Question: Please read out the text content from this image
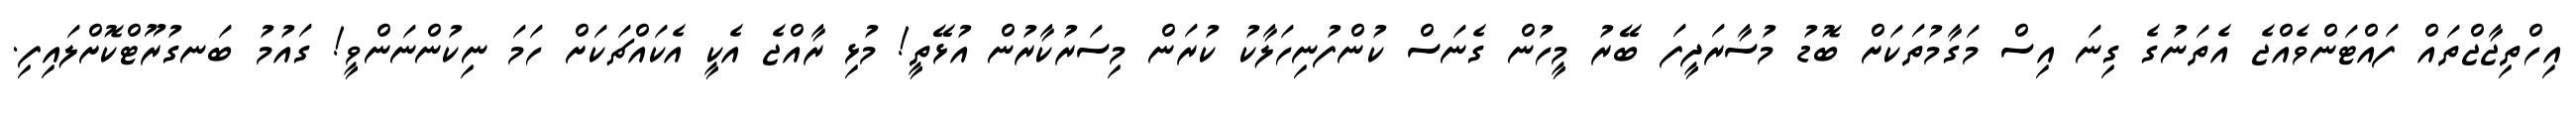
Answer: އިހްތިޖާޖްތައް ފައްޓަންވެއްޖެ އެތަނުގެ ގިނަ އިސް މަގާމުތަކަށް ބޮޑު މުސާރަދީފަ ބޭރު މީހުން ގެނަސް ކުންފުނިހަލާކު ކުރަން މިސަރުކާރުން އުޅޭތީ! މުޅި ރާއްޖެ އެކީ އެކައްޗަކަށް ހަމަ ނިކުންނަންވީ! ގައުމު ބަނގުރޫޓްކޮށްލައިފި.